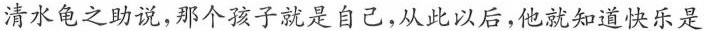
清水龟之助说，那个孩子就是自己，从此以后，他就知道快乐是